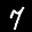
Label: 7